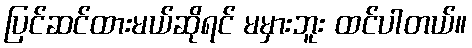
ပြင်ဆင်ထားမယ်ဆိုရင် မမှားဘူး ထင်ပါတယ်။